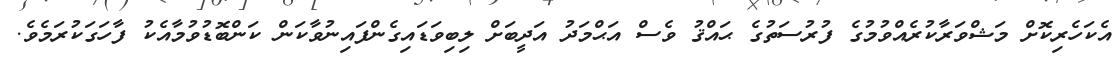
އެކަހެރިކޮށް މަޝްވަރާކުރެއްވުމުގެ ފުރުސަތުގެ ޙައްޤު ވެސް އަޙްމަދު އަދީބަށް ލިބިވަޑައިގެންފައިނުވާކަން ކަންބޮޑުވުމާއެކު ފާހަގަކުރަމެވެ.